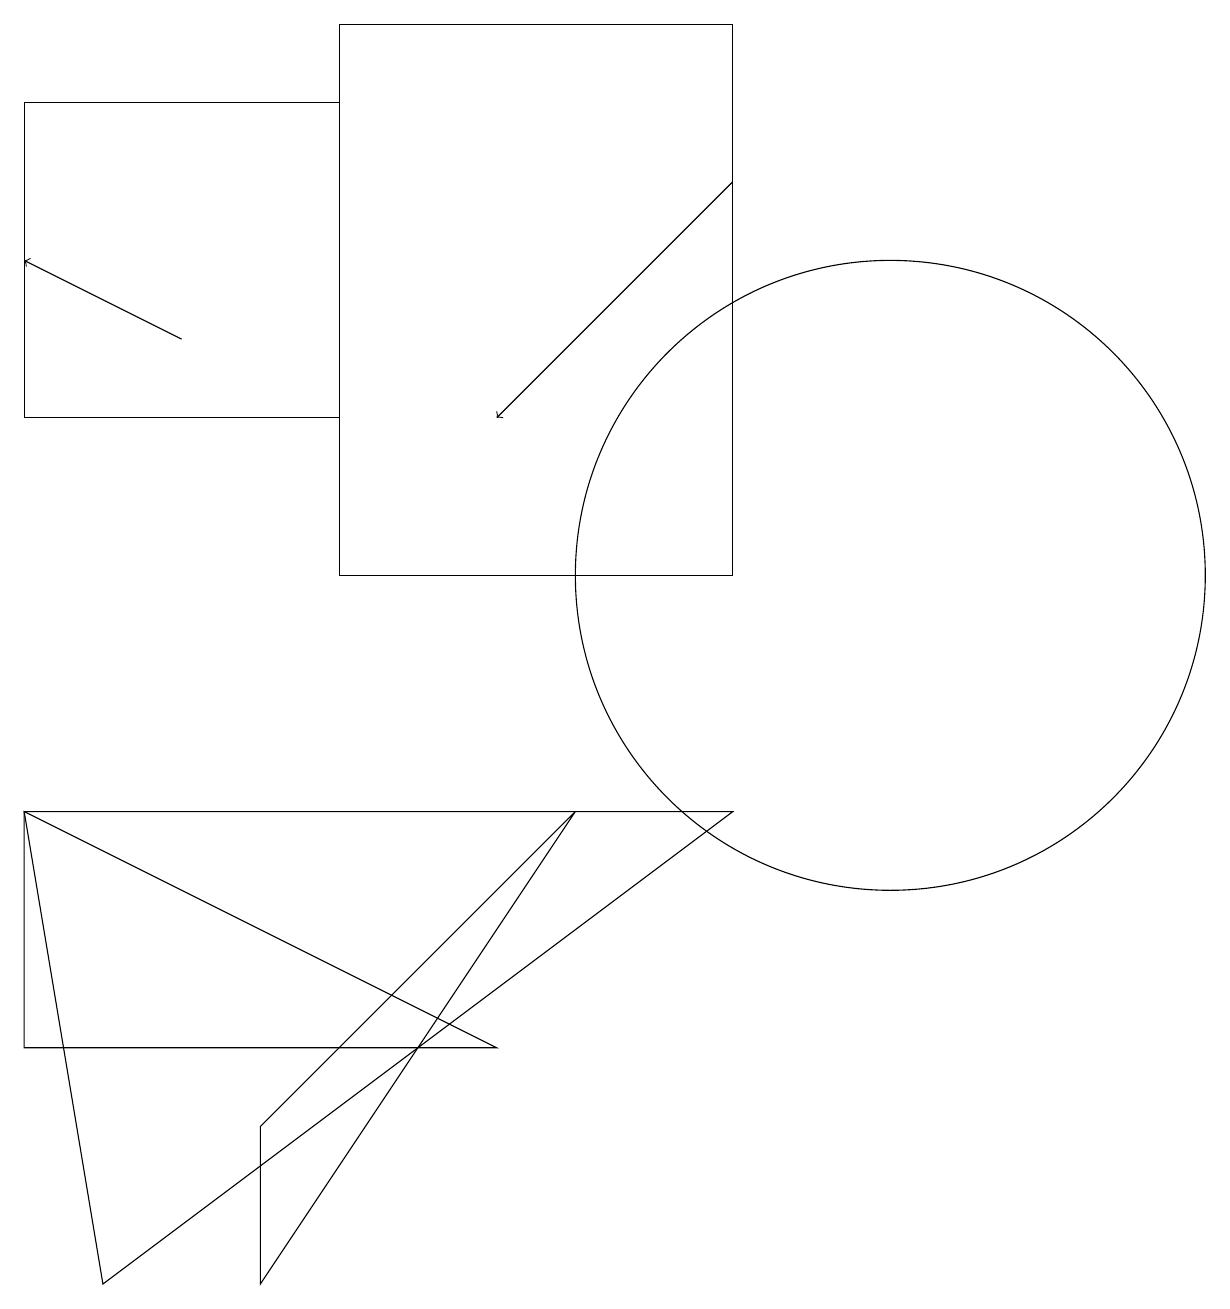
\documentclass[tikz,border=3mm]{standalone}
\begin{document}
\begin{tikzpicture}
\draw (4,16) rectangle (0,12);
\draw[->] (9,15) -- (6,12);
\draw (11,10) circle (4);
\draw[->] (2,13) -- (0,14);
\draw (9,17) rectangle (4,10);
\draw (0,4) -- (6,4) -- (0,7) -- cycle;
\draw (1,1) -- (0,7) -- (9,7) -- cycle;
\draw (3,3) -- (3,1) -- (7,7) -- cycle;
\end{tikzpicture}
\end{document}